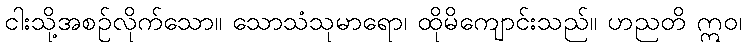
ငါးသို့အစဉ်လိုက်သော။ သောသံသုမာရော၊ ထိုမိကျောင်းသည်။ ဟညတိ ဣဝ၊